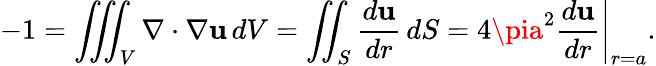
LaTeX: -1=\iiint_{V}\nabla\cdot\nabla\mathbf{u}\, dV=\iint_{S}{\frac{{d\mathbf{u}}}{{dr}}}\, dS=\left.4\pia^{2}{\frac{{d\mathbf{u}}}{{dr}}}\right|_{r=a}.